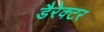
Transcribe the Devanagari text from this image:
डैरेक्टर